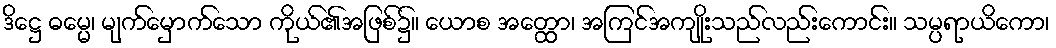
ဒိဋ္ဌေ ဓမ္မေ၊ မျက်မှောက်သော ကိုယ်၏အဖြစ်၌။ ယောစ အတ္ထော၊ အကြင်အကျိုးသည်လည်းကောင်း။ သမ္ပရာယိကော၊